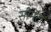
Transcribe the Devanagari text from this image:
सीमेंटों